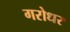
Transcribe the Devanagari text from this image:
गरोधर